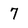
Character: 7